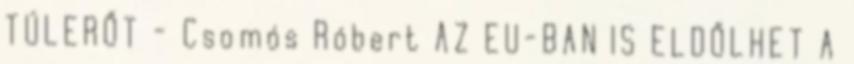
TÚLERŐT - Csomós Róbert AZ EU-BAN IS ELDŐLHET A